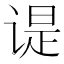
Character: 𬤊